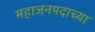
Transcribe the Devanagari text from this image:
महाजनपदाच्या